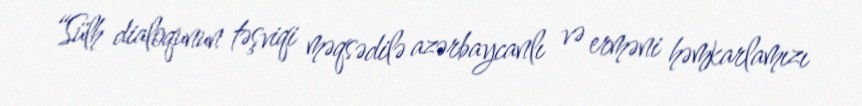
“Sülh dialoqunun təşviqi məqsədilə azərbaycanlı və erməni həmkarlamızı